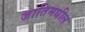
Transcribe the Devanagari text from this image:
जातिमधील